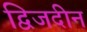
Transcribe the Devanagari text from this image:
द्विजदीन